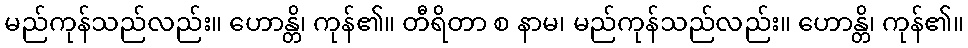
မည်ကုန်သည်လည်း။ ဟောန္တိ၊ ကုန်၏။ တီရိတာ စ နာမ၊ မည်ကုန်သည်လည်း။ ဟောန္တိ၊ ကုန်၏။